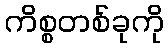
ကိစ္စတစ်ခုကို